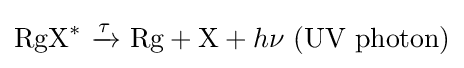
{\text{RgX}}^{*}\ {\xrightarrow[{}]{\tau }}\ {\text{Rg}}+{\text{X}}+h\nu \ {\text{(UV photon)}}